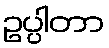
ဥပ္ပါတာ